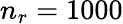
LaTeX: n_{r}=1000